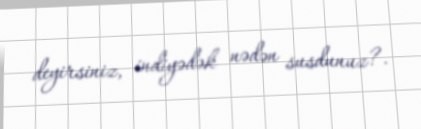
deyirsiniz, indiyədək nədən susdunuz?.